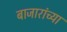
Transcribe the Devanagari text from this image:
बाजारांच्या